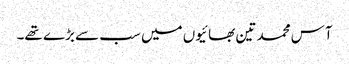
آس محمد تین بھائیوں میں سب سے بڑے تھے۔